Indian journal of veterinary science and animal husbandry - Volumes 22-23, 1952-1953
Year: 1952
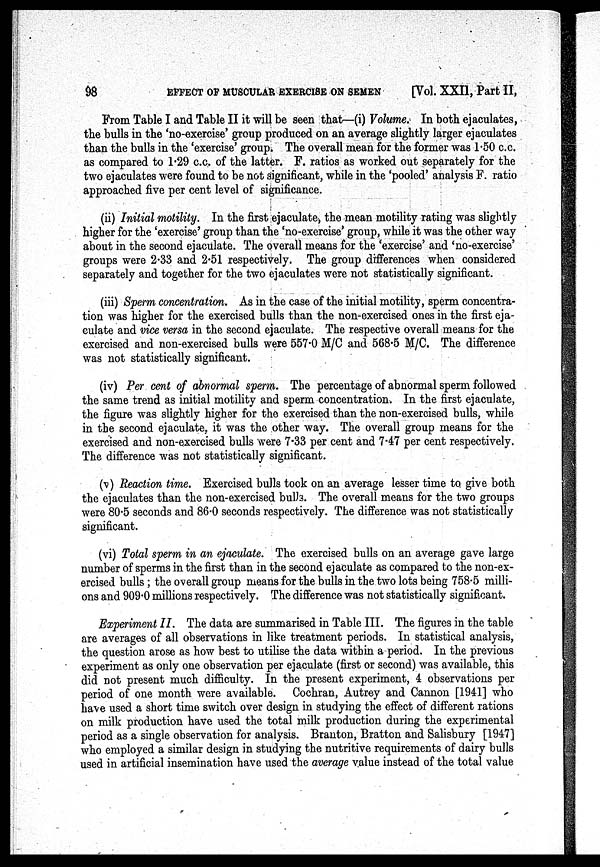
98
EFFECT OF MUSCULAR EXERCISE ON SEMEN
[Vol. XXII, Part II,
From Table I and Table II it will be seen that—(i) Volume. In both ejaculates,
the bulls in the 'no-exercise' group produced on an average slightly larger ejaculates
than the bulls in the 'exercise' group. The overall mean for the former was 1.50 c.c.
as compared to 1.29 c.c. of the latter. F. ratios as worked out separately for the
two ejaculates were found to be not significant, while in the 'pooled' analysis F. ratio
approached five per cent level of significance.
(ii) Initial motility. In the first ejaculate, the mean motility rating was slightly
higher for the 'exercise' group than the 'no-exercise' group, while it was the other way
about in the second ejaculate. The overall means for the 'exercise' and 'no-exercise'
groups were 2.33 and 2.51 respectively. The group differences when considered
separately and together for the two ejaculates were not statistically significant.
(iii) Sperm concentration. As in the case of the initial motility, sperm concentra-
tion was higher for the exercised bulls than the non-exercised ones in the first eja-
culate and vice versa in the second ejaculate. The respective overall means for the
exercised and non-exercised bulls were 557.0 M/C and 568.5 M/C. The difference
was not statistically significant.
(iv) Per cent of abnormal sperm. The percentage of abnormal sperm followed
the same trend as initial motility and sperm concentration. In the first ejaculate,
the figure was slightly higher for the exercised than the non-exercised bulls, while
in the second ejaculate, it was the other way. The overall group means for the
exercised and non-exercised bulls were 7.33 per cent and 7.47 per cent respectively.
The difference was not statistically significant.
(v) Reaction time. Exercised bulls took on an average lesser time to give both
the ejaculates than the non-exercised bulls. The overall means for the two groups
were 80.5 seconds and 86.0 seconds respectively. The difference was not statistically
significant.
(vi) Total sperm in an ejaculate. The exercised bulls on an average gave large
number of sperms in the first than in the second ejaculate as compared to the non-ex-
ercised bulls ; the overall group means for the bulls in the two lots being 758.5 milli-
ons and 909.0 millions respectively. The difference was not statistically significant.
Experiment II. The data are summarised in Table III. The figures in the table
are averages of all observations in like treatment periods. In statistical analysis,
the question arose as how best to utilise the data within a period. In the previous
experiment as only one observation per ejaculate (first or second) was available, this
did not present much difficulty. In the present experiment, 4 observations per
period of one month were available. Cochran, Autrey and Cannon [1941] who
have used a short time switch over design in studying the effect of different rations
on milk production have used the total milk production during the experimental
period as a single observation for analysis. Branton, Bratton and Salisbury [1947]
who employed a similar design in studying the nutritive requirements of dairy bulls
used in artificial insemination have used the average value instead of the total value